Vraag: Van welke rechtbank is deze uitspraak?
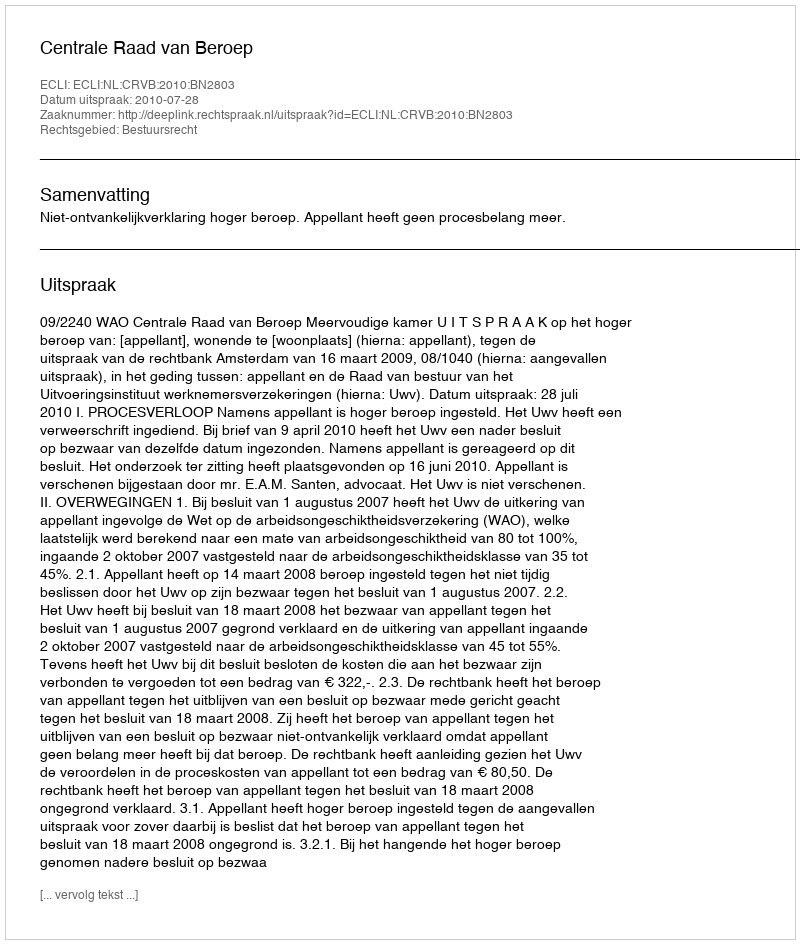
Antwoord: Centrale Raad van Beroep